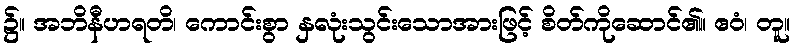
၌။ အဘိနီဟရတိ၊ ကောင်းစွာ နှလုံးသွင်းသောအားဖြင့် စိတ်ကိုဆောင်၏။ ဧဝံ၊ တူ။